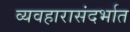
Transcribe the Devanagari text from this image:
व्यवहारासंदर्भात